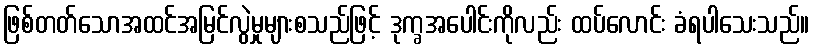
ဖြစ်တတ်သောအထင်အမြင်လွဲမှုများစသည်ဖြင့် ဒုက္ခအပေါင်းကိုလည်း ထပ်လောင်း ခံရပါသေးသည်။